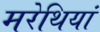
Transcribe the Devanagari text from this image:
मरेथियां